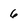
Character: 6